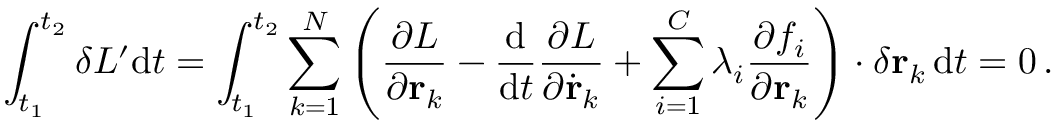
\int _ { t _ { 1 } } ^ { t _ { 2 } } \delta L ^ { \prime } \mathrm { d } t = \int _ { t _ { 1 } } ^ { t _ { 2 } } \sum _ { k = 1 } ^ { N } \left( { \frac { \partial L } { \partial \mathbf { r } _ { k } } } - { \frac { \mathrm { d } } { \mathrm { d } t } } { \frac { \partial L } { \partial { \dot { \mathbf { r } } } _ { k } } } + \sum _ { i = 1 } ^ { C } \lambda _ { i } { \frac { \partial f _ { i } } { \partial \mathbf { r } _ { k } } } \right) \cdot \delta \mathbf { r } _ { k } \, \mathrm { d } t = 0 \, .